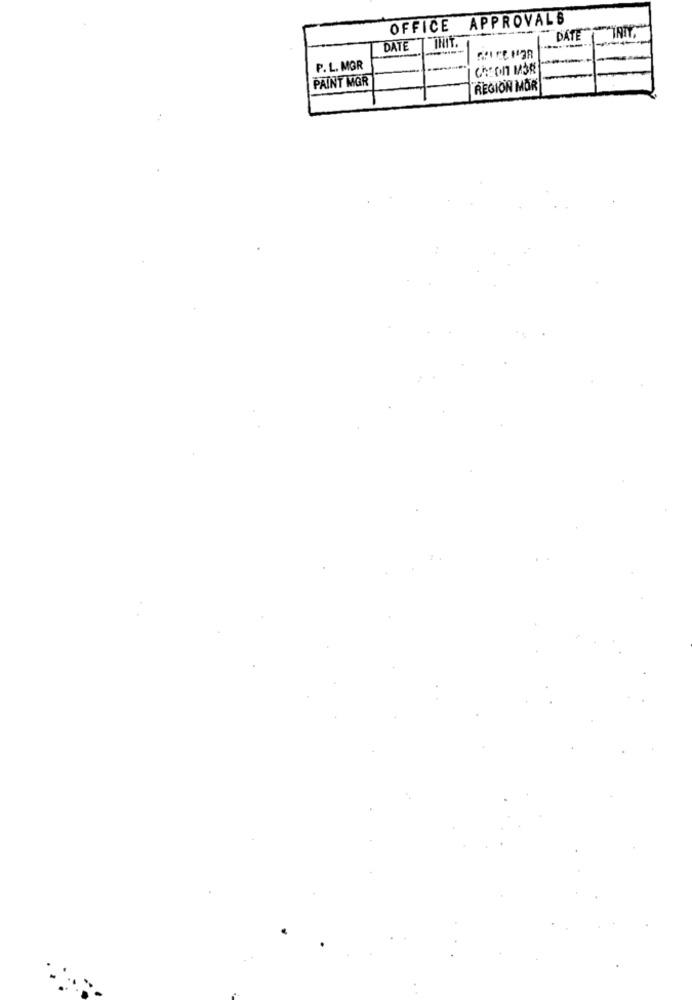
OFFICE APPROVALS
DATE INIT.
DATE
INIT.
P. L. MGR
CHEON MAR
PAINT MGR
REGION MOR